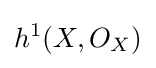
h^{1}(X,O_{X})